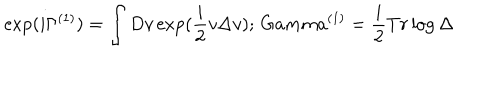
LaTeX: \exp ( i \Gamma ^ { ( 1 ) } ) = \int D v \exp ( \frac { i } { 2 } v \Delta v ) ; \, G a m m a ^ { ( 1 ) } = \frac { i } { 2 } T r \log \Delta